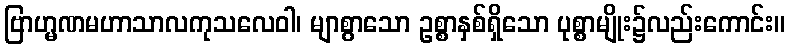
ဗြာဟ္မဏမဟာသာလကုသလေဝါ၊ မျာစွာသော ဥစ္စာနှစ်ရှိသော ပုစ္စာမျိုး၌လည်းကောင်း။